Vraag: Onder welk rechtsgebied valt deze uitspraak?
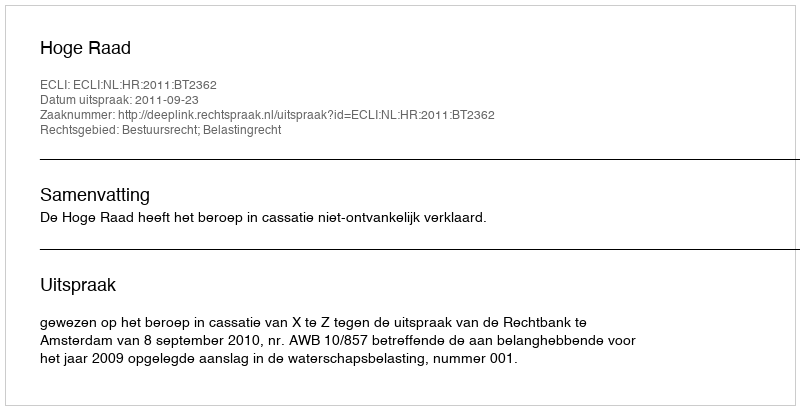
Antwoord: Bestuursrecht; Belastingrecht